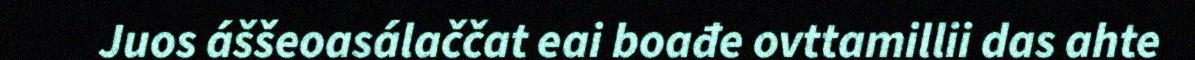
Juos áššeoasálaččat eai boađe ovttamillii das ahte